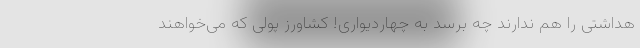
هداشتی را هم ندارند چه برسد به چهاردیواری! کشاورز پولی که می‌خواهند